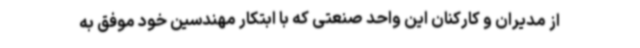
از مدیران و کارکنان این واحد صنعتی که با ابتکار مهندسین خود موفق به